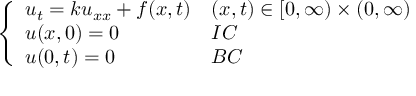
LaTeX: \left\{ \begin{array} { l l } { u _ { t } = k u _ { x x } + f ( x , t ) } & { ( x , t ) \in [ 0 , \infty ) \times ( 0 , \infty ) } \\ { u ( x , 0 ) = 0 } & { I C } \\ { u ( 0 , t ) = 0 } & { B C } \end{array} \right.